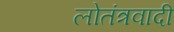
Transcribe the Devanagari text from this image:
लोतंत्रवादी